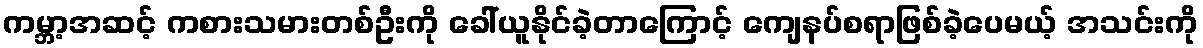
ကမ္ဘာ့အဆင့် ကစားသမားတစ်ဦးကို ခေါ်ယူနိုင်ခဲ့တာကြောင့် ကျေနပ်စရာဖြစ်ခဲ့ပေမယ့် အသင်းကို